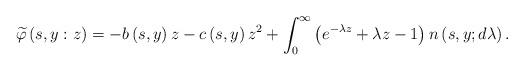
LaTeX: \begin{align*}\widetilde{\varphi }\left( s,y:z\right) =-b\left( s,y\right) z-c\left(s,y\right) z^{2}+\int_{0}^{\infty }\left( e^{-\lambda z}+\lambda z-1\right)n\left( s,y;d\lambda \right) . \end{align*}